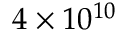
4 \times 1 0 ^ { 1 0 }